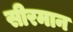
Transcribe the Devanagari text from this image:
सीरमान